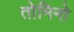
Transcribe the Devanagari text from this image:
तोमिनो